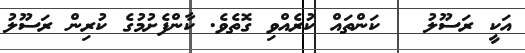
އަކީ ރަސޫލު   ކަންތައް ކުރެއްވި ގޮތެވެ. ކާންފެށުމުގެ ކުރިން ރަސޫލު